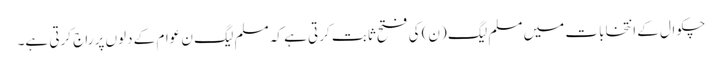
چکوال کے انتخابات میں مسلم لیگ (ن) کی فتح ثابت کرتی ہے کہ مسلم لیگ ن عوام کے دلوں پر راج کرتی ہے۔